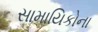
સામાયિકોના